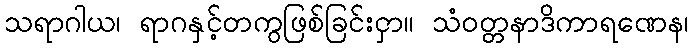
သရာဂါယ၊ ရာဂနှင့်တကွဖြစ်ခြင်းငှာ။ သံဝတ္တနာဒိကာရဏေန၊